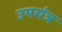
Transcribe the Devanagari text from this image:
उपयंत्र